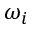
\omega _ { i }